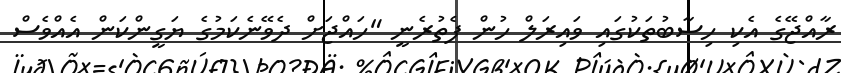
ރާއްޖޭގެ އެކި ހިސާބުތަކުގައި ވައިރަލް ހުން ފެތުރެނީ "ހައްޖަށް ދެވޭނެކަމުގެ ޔަގީންކަން އެއްވެސް